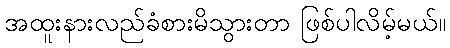
အထူးနားလည်ခံစားမိသွားတာ ဖြစ်ပါလိမ့်မယ်။